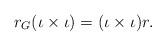
LaTeX: \begin{align*}r_{G}(\iota\times\iota)=(\iota\times\iota)r.\end{align*}